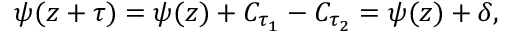
\psi ( z + \tau ) = \psi ( z ) + C _ { \tau _ { 1 } } - C _ { \tau _ { 2 } } = \psi ( z ) + \delta ,